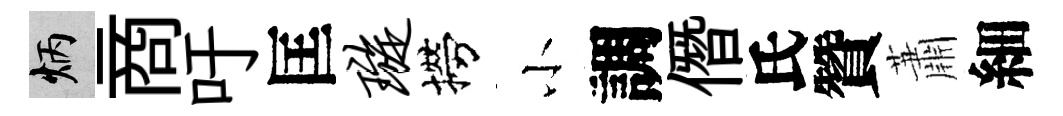
炳商吁匡璇撈小調僭氏贊蕭細